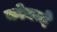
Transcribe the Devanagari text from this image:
कोयन्दे